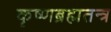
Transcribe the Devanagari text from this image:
कृष्णब्रह्मतन्त्र